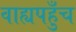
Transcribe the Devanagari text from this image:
वाह्यपहुँच